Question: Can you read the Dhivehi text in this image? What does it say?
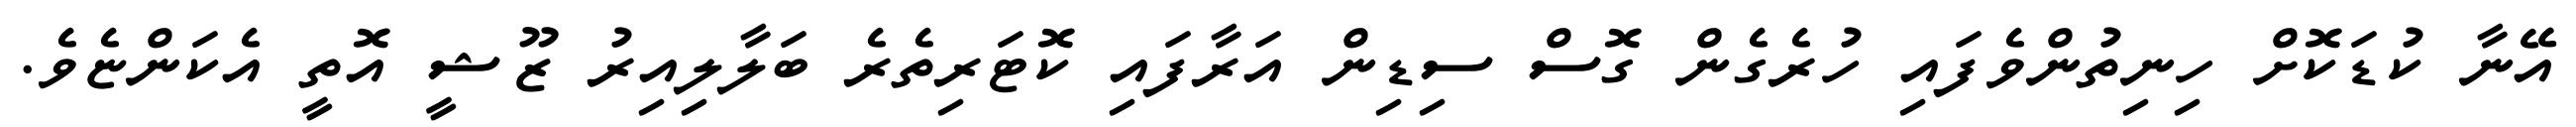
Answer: އޭނާ ކުޑަކޮށް ހިނިތުންވެފައި ހުރެގެން ގޮސް ސިޑިން އަރާފައި ކޮޓަރިތެރެ ބަލާލިއިރު ޒޫޝީ އޮތީ އެކަންޏެވެ.